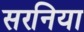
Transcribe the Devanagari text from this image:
सरनिया